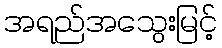
အရည်အသွေးမြင့်